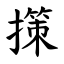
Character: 㩍